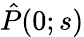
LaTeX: \hat{P}(0;s)